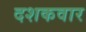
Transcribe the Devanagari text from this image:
दशकवार